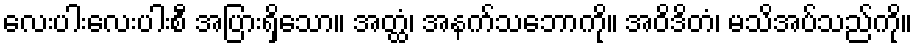
လေးပါးလေးပါးစီ အပြားရှိသော။ အတ္ထံ၊ အနက်သဘောကို။ အဝိဒိတံ၊ မသိအပ်သည်ကို။